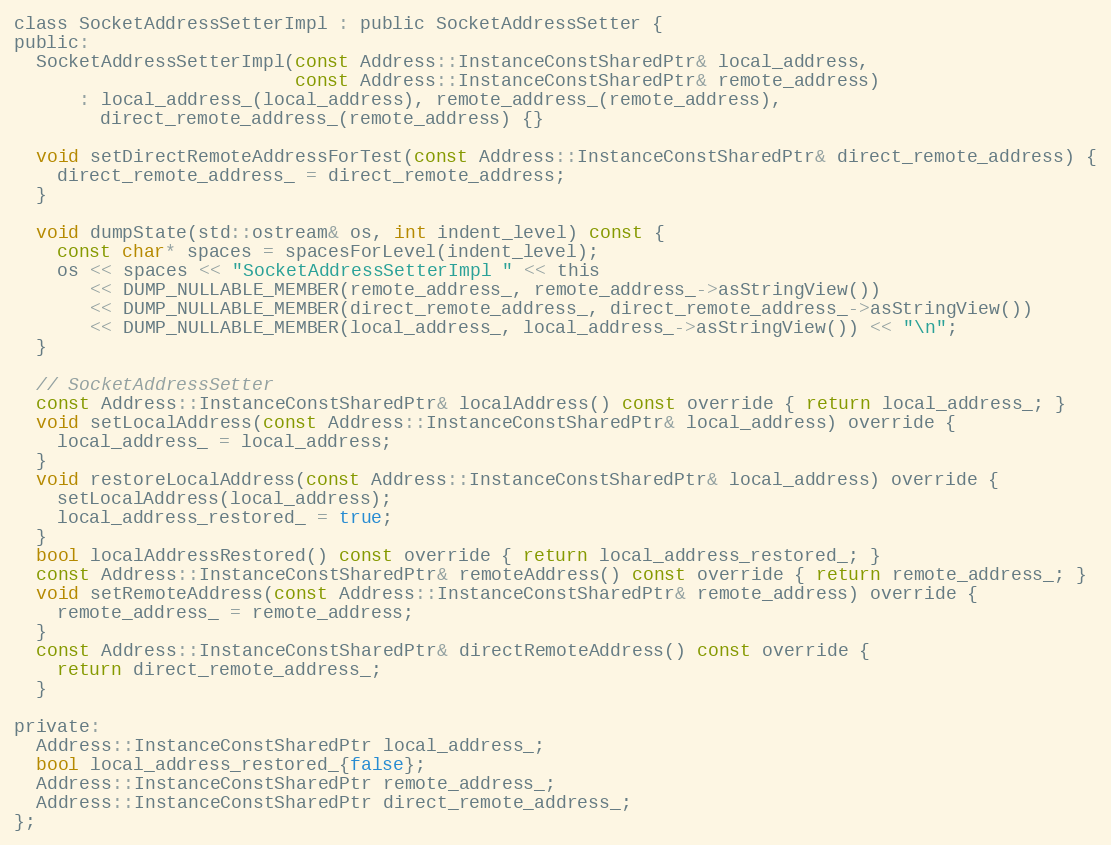
Language: C
class SocketAddressSetterImpl : public SocketAddressSetter {
public:
  SocketAddressSetterImpl(const Address::InstanceConstSharedPtr& local_address,
                          const Address::InstanceConstSharedPtr& remote_address)
      : local_address_(local_address), remote_address_(remote_address),
        direct_remote_address_(remote_address) {}

  void setDirectRemoteAddressForTest(const Address::InstanceConstSharedPtr& direct_remote_address) {
    direct_remote_address_ = direct_remote_address;
  }

  void dumpState(std::ostream& os, int indent_level) const {
    const char* spaces = spacesForLevel(indent_level);
    os << spaces << "SocketAddressSetterImpl " << this
       << DUMP_NULLABLE_MEMBER(remote_address_, remote_address_->asStringView())
       << DUMP_NULLABLE_MEMBER(direct_remote_address_, direct_remote_address_->asStringView())
       << DUMP_NULLABLE_MEMBER(local_address_, local_address_->asStringView()) << "\n";
  }

  // SocketAddressSetter
  const Address::InstanceConstSharedPtr& localAddress() const override { return local_address_; }
  void setLocalAddress(const Address::InstanceConstSharedPtr& local_address) override {
    local_address_ = local_address;
  }
  void restoreLocalAddress(const Address::InstanceConstSharedPtr& local_address) override {
    setLocalAddress(local_address);
    local_address_restored_ = true;
  }
  bool localAddressRestored() const override { return local_address_restored_; }
  const Address::InstanceConstSharedPtr& remoteAddress() const override { return remote_address_; }
  void setRemoteAddress(const Address::InstanceConstSharedPtr& remote_address) override {
    remote_address_ = remote_address;
  }
  const Address::InstanceConstSharedPtr& directRemoteAddress() const override {
    return direct_remote_address_;
  }

private:
  Address::InstanceConstSharedPtr local_address_;
  bool local_address_restored_{false};
  Address::InstanceConstSharedPtr remote_address_;
  Address::InstanceConstSharedPtr direct_remote_address_;
};